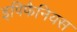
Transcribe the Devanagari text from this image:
इपिफैनियस